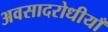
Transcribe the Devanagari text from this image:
अवसादरोधीयाँ